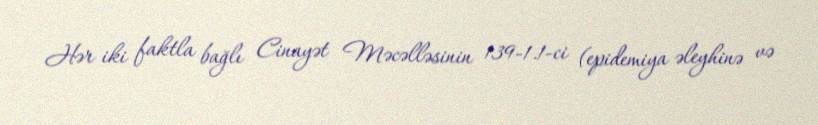
Hər iki faktla bağlı Cinayət Məcəlləsinin 139-1.1-ci (epidemiya əleyhinə və